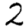
Digit: 2